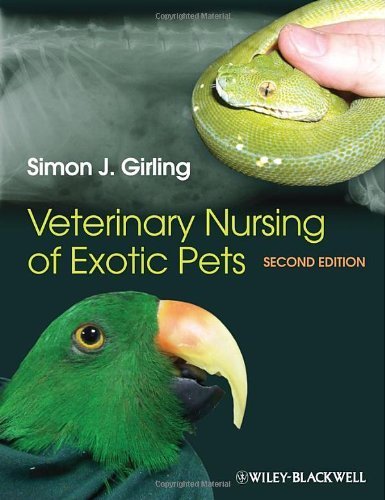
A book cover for Veterinary Nursing of Exotic Pets by Girling, Simon J. (2013) Paperback; Simon J. Girling; Medical Books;